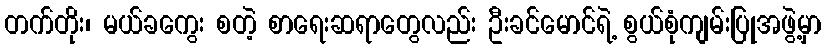
တက်တိုး၊ မယ်ခကွေး စတဲ့ စာရေးဆရာတွေလည်း ဦးခင်မောင်ရဲ့ စွယ်စုံကျမ်းပြုအဖွဲ့မှာ